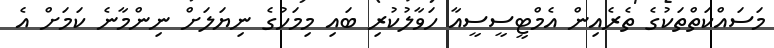
މަސައްކަތްތަކުގެ ތެރެއިން އެމްޓީސީސީއާ ހަވާލުކުރި ބައި މިމަހުގެ ނިޔަލަށް ނިންމާނެ ކަމަށް އެ